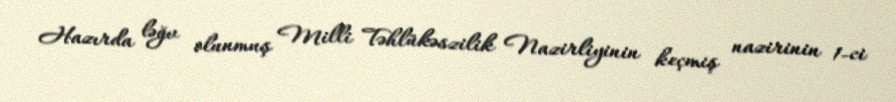
Hazırda ləğv olunmuş Milli Təhlükəszilik Nazirliyinin keçmiş nazirinin 1-ci